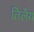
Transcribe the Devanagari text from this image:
तिलैय